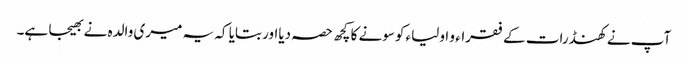
آپ نے کھنڈرات کے فقراء و اولیاء کوسونے کا کچھ حصہ دیااور بتایا کہ یہ میری والدہ نے بھیجا ہے۔